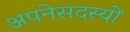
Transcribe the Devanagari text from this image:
अपनेसदस्यों